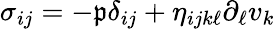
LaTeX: \sigma_{ij}=-\mathfrak{p}\delta_{ij}+\eta_{ijk\ell}\partial_{\ell}v_{k}